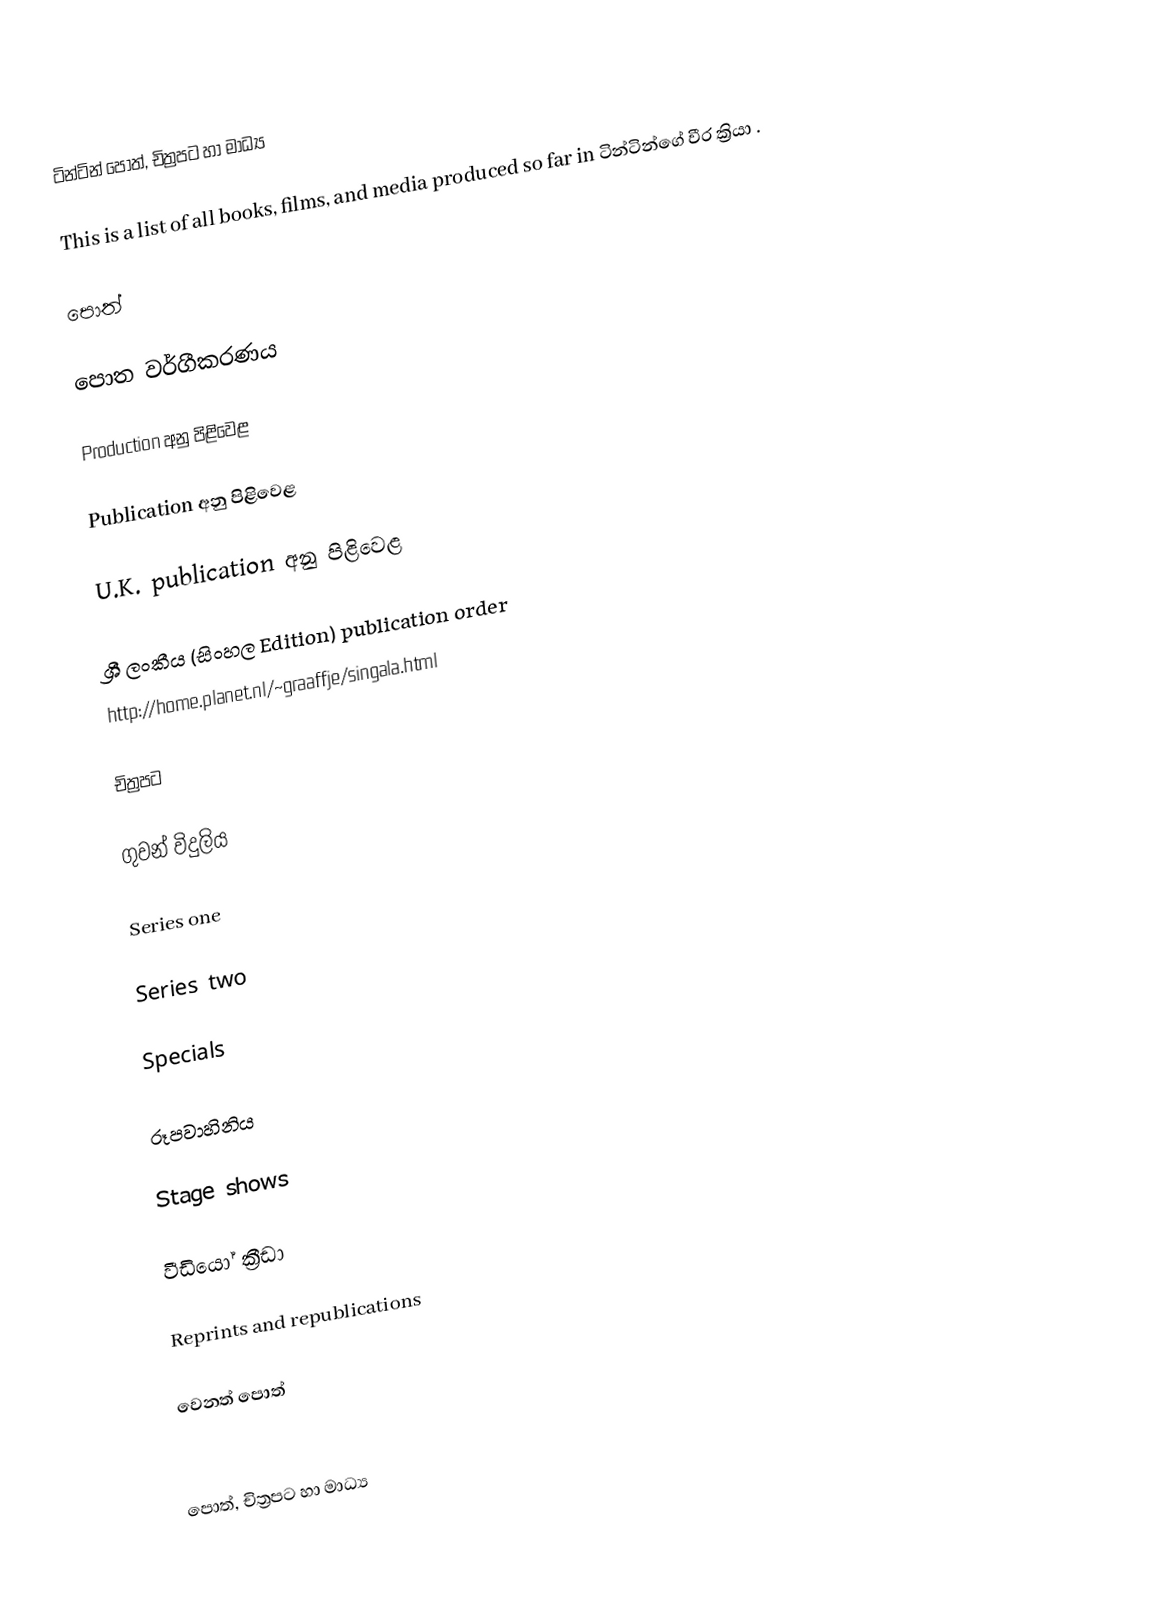
ටින්ටින් පොත්, චිත්‍රපට හා මාධ්‍ය

This is a list of all books, films, and media produced so far in ටින්ටින්ගේ වීර ක්‍රියා .

පොත්

පොත වර්ගීකරණය

Production අනු පිළිවෙළ

Publication අනු පිළිවෙළ

U.K. publication අනු පිළිවෙළ

ශ්‍රී ලංකීය  (සිංහල Edition) publication order
http://home.planet.nl/~graaffje/singala.html

චිත්‍රපට

ගුවන් විදුලිය

Series one

Series two

Specials

රූපවාහිනිය

Stage shows

වීඩියෝ ක්‍රීඩා

Reprints and republications

වෙනත් පොත්

පොත්, චිත්‍රපට හා මාධ්‍ය